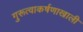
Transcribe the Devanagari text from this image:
गुरूत्वाकर्षणाखाली